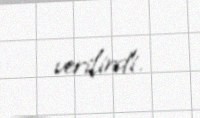
verilirdi.